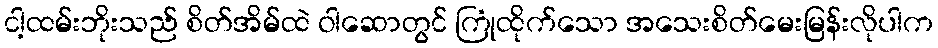
ငါ့ထမ်းဘိုးသည် စိတ်အိမ်ထဲ ဝါဆောတွင် ကြုံထိုက်သော အသေးစိတ်မေးမြန်းလိုပါက